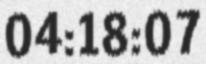
04:18:07